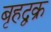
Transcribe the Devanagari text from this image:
बृहद्वक्र